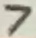
Text: 7